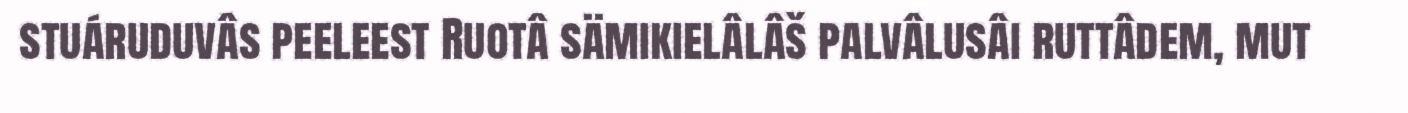
stuáruduvâs peeleest Ruotâ sämikielâlâš palvâlusâi ruttâdem, mut